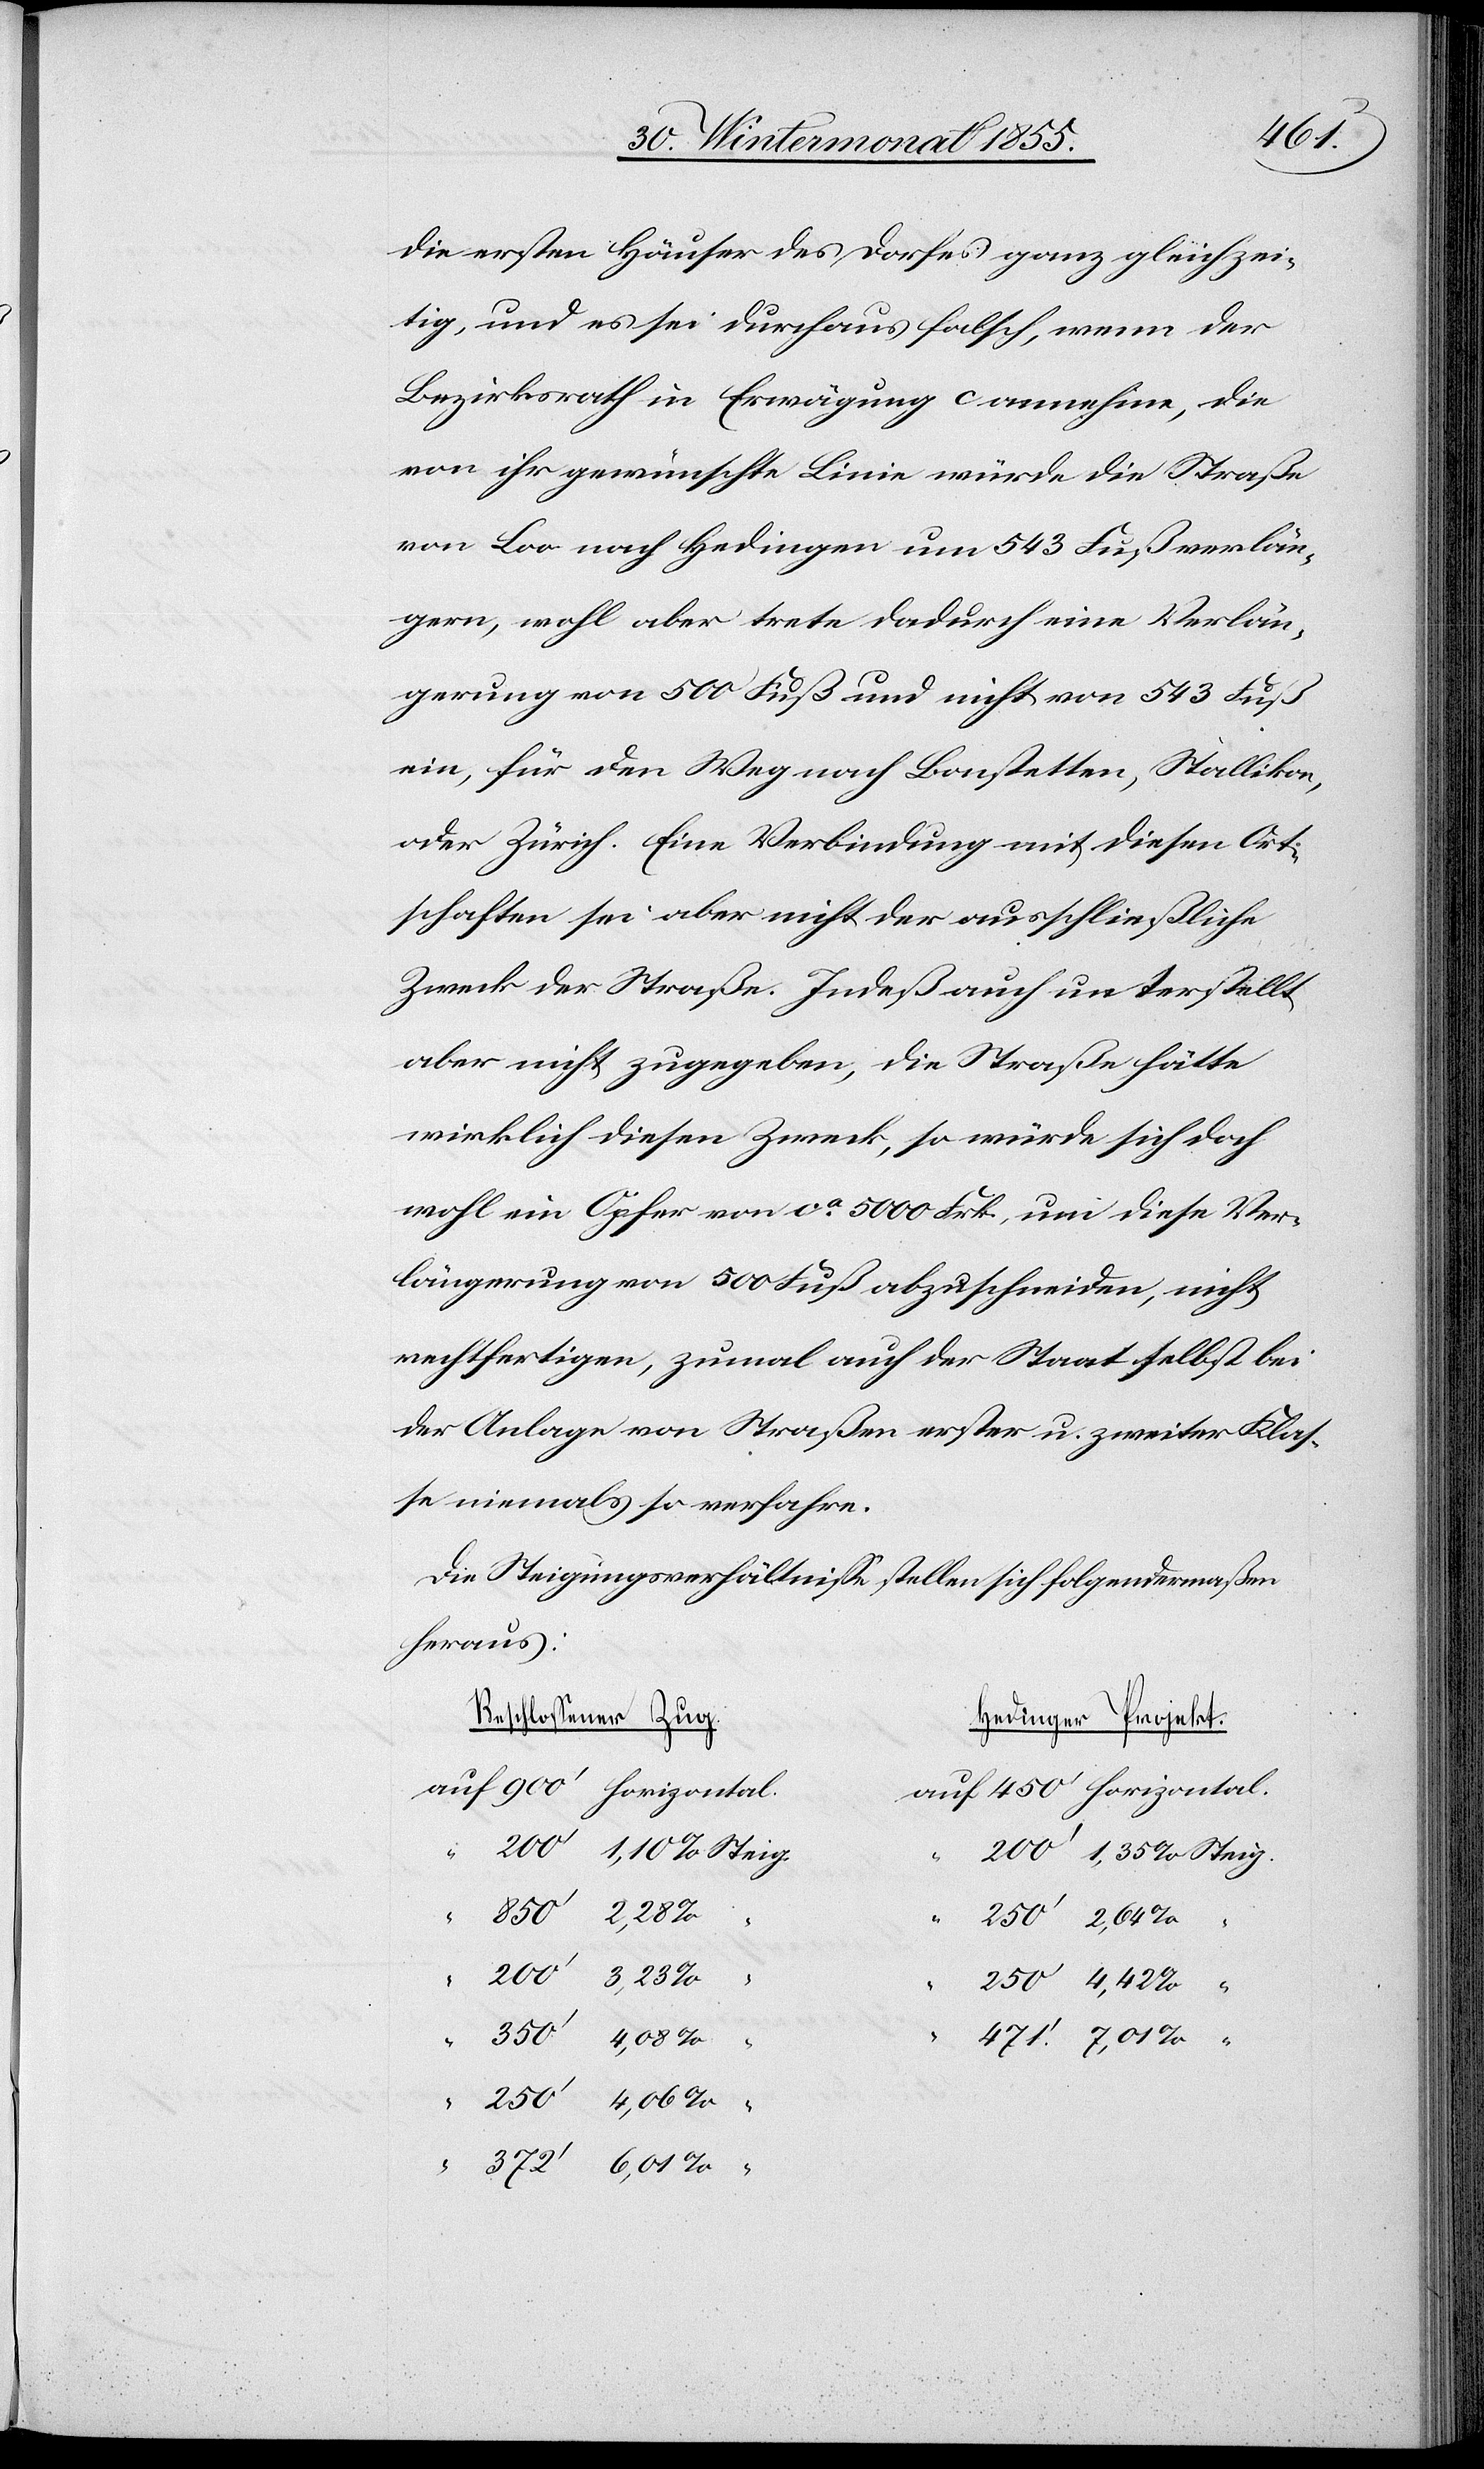
471.‘
die ersten Häuser des Dorfes ganz gleichzei¬
tig, und es sei durchaus falsch, wenn der
Bezirksrath in Erwägung c annehme, die
von ihr gewünschte Linie würde die Straße
von Loo nach Hedingen um 543 Fuß verlän¬
gern, wohl aber trete dadurch eine Verlän¬
gerung von 500 Fuß und nicht von 543 Fuß
ein, für den Weg nach Bonstetten, Stallikon,
oder Zürich. Eine Verbindung mit diesen Ort¬
schaften sei aber nicht der ausschließliche
Zweck der Straße. Indeß auch unterstellt
aber nicht zugegeben, die Straße hätte
wirklich diesen Zweck, so würde sich doch
wohl ein Opfer von ca. 5000 Frk., um diese Ver¬
längerung von 500 Fuß abzuschneiden, nicht
rechtfertigen, zumal auch der Staat selbst bei
der Anlage von Straßen erster u. zweiter Klas¬
se niemals so verfahre.
Die Steigungsverhältnisse stellen sich folgendermaßen
heraus:
Beschlossener Zug.
Hedinger Projekt.
250‘
“